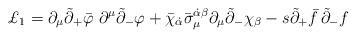
LaTeX: \begin{align*}\pounds _1=\partial _\mu \tilde{\partial}_{+}\bar{\varphi}\,\,\partial ^\mu \tilde{\partial}_{-}\varphi +\bar{\chi}_{\dot{\alpha}}\bar{\sigma}_\mu ^{\dot{\alpha}\beta }{}\partial _\mu \tilde{\partial}_{-}\chi _\beta -s\tilde{\partial}_{+}\bar{f}\,\tilde{\partial}_{-}f\end{align*}